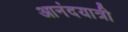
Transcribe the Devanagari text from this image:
आनंदयात्री